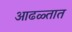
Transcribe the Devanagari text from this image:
आढळ्तात